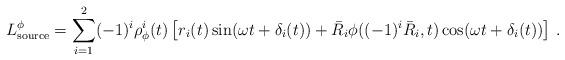
LaTeX: \begin{align*}L_{{\rm source}}^\phi = \sum_{i=1}^2 (-1)^i \rho_\phi^i(t) \left[r_i(t) \sin(\omega t + \delta_i(t)) + \bar R_i \phi((-1)^i \bar R_i, t)\cos(\omega t + \delta_i(t)) \right] \,.\end{align*}